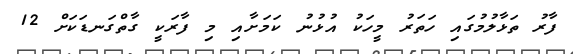
ފާރު ތަޅާލުމުގައި ހަތަރު މީހަކު އުޅުނު ކަމަށާއި މި ފާރަކީ ގާތްގަނޑަކަށް 12